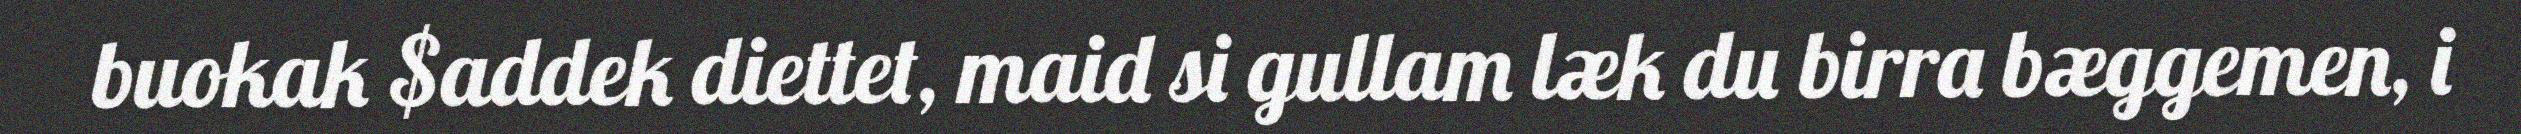
buokak $addek diettet, maid si gullam læk du birra bæggemen, i